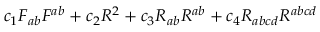
c _ { 1 } F _ { a b } F ^ { a b } + c _ { 2 } R ^ { 2 } + c _ { 3 } R _ { a b } R ^ { a b } + c _ { 4 } R _ { a b c d } R ^ { a b c d }